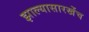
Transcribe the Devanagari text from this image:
झाल्यासारखेंच